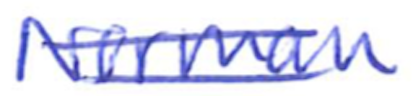
Text: Norman
Cross-out: double-line
Writing tool: ballpoint